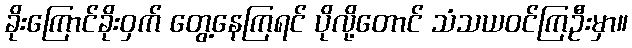
ခိုးကြောင်ခိုးဝှက် တွေ့နေကြရင် ပိုလို့တောင် သံသယဝင်ကြဦးမှာ။